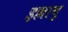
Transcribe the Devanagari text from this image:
इल्लाथु